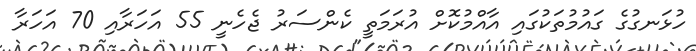
ހުޅަނގުގެ ގައުމުތަކުގައި އާއްމުކޮށް އުރަމަތީ ކެންސަރު ޖެހެނީ 55 އަހަރާއި 70 އަހަރާ